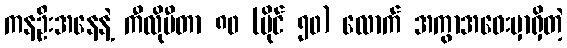
ကနဦးအနေနဲ့ ကီလိုမီတာ ၈၀ (မိုင် ၅၀) လောက် အကွာအဝေးမှာရှိတဲ့